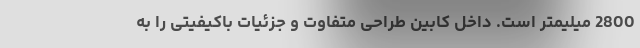
2800 میلیمتر است. داخل کابین طراحی متفاوت و جزئیات باکیفیتی را به